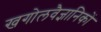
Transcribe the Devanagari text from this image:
खगोलवैज्ञानिकों